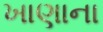
ખાણાના